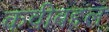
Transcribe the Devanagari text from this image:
कवीबद्दल